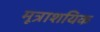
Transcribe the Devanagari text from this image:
मूत्राशयिक